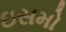
ઇસમો